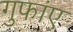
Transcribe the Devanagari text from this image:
गुफांए